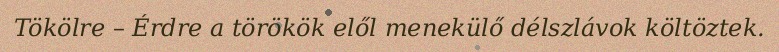
Tökölre – Érdre a törökök elől menekülő délszlávok költöztek.